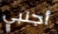
أجنبي